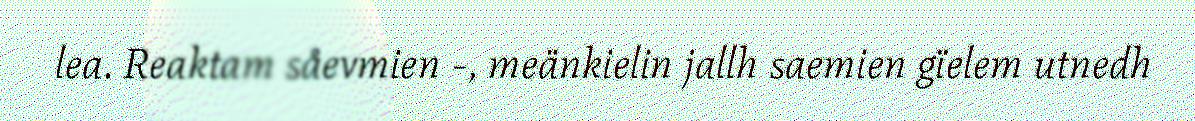
lea. Reaktam såevmien -, meänkielin jallh saemien gïelem utnedh